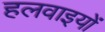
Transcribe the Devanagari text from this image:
हलवाइयों